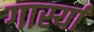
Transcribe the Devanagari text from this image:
गार्स्या